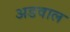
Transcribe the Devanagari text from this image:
अडवाल